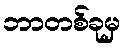
ဘာတစ်ခုမှ